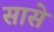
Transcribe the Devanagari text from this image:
सासे